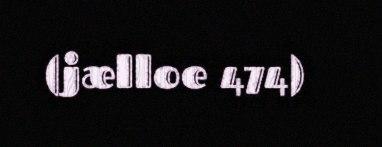
(jælloe 474)